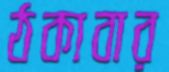
ঠকাবার